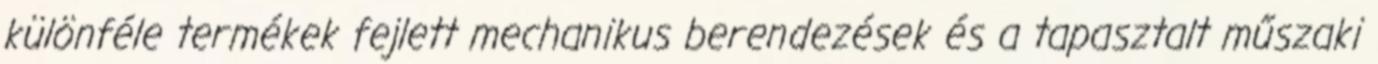
különféle termékek fejlett mechanikus berendezések és a tapasztalt műszaki